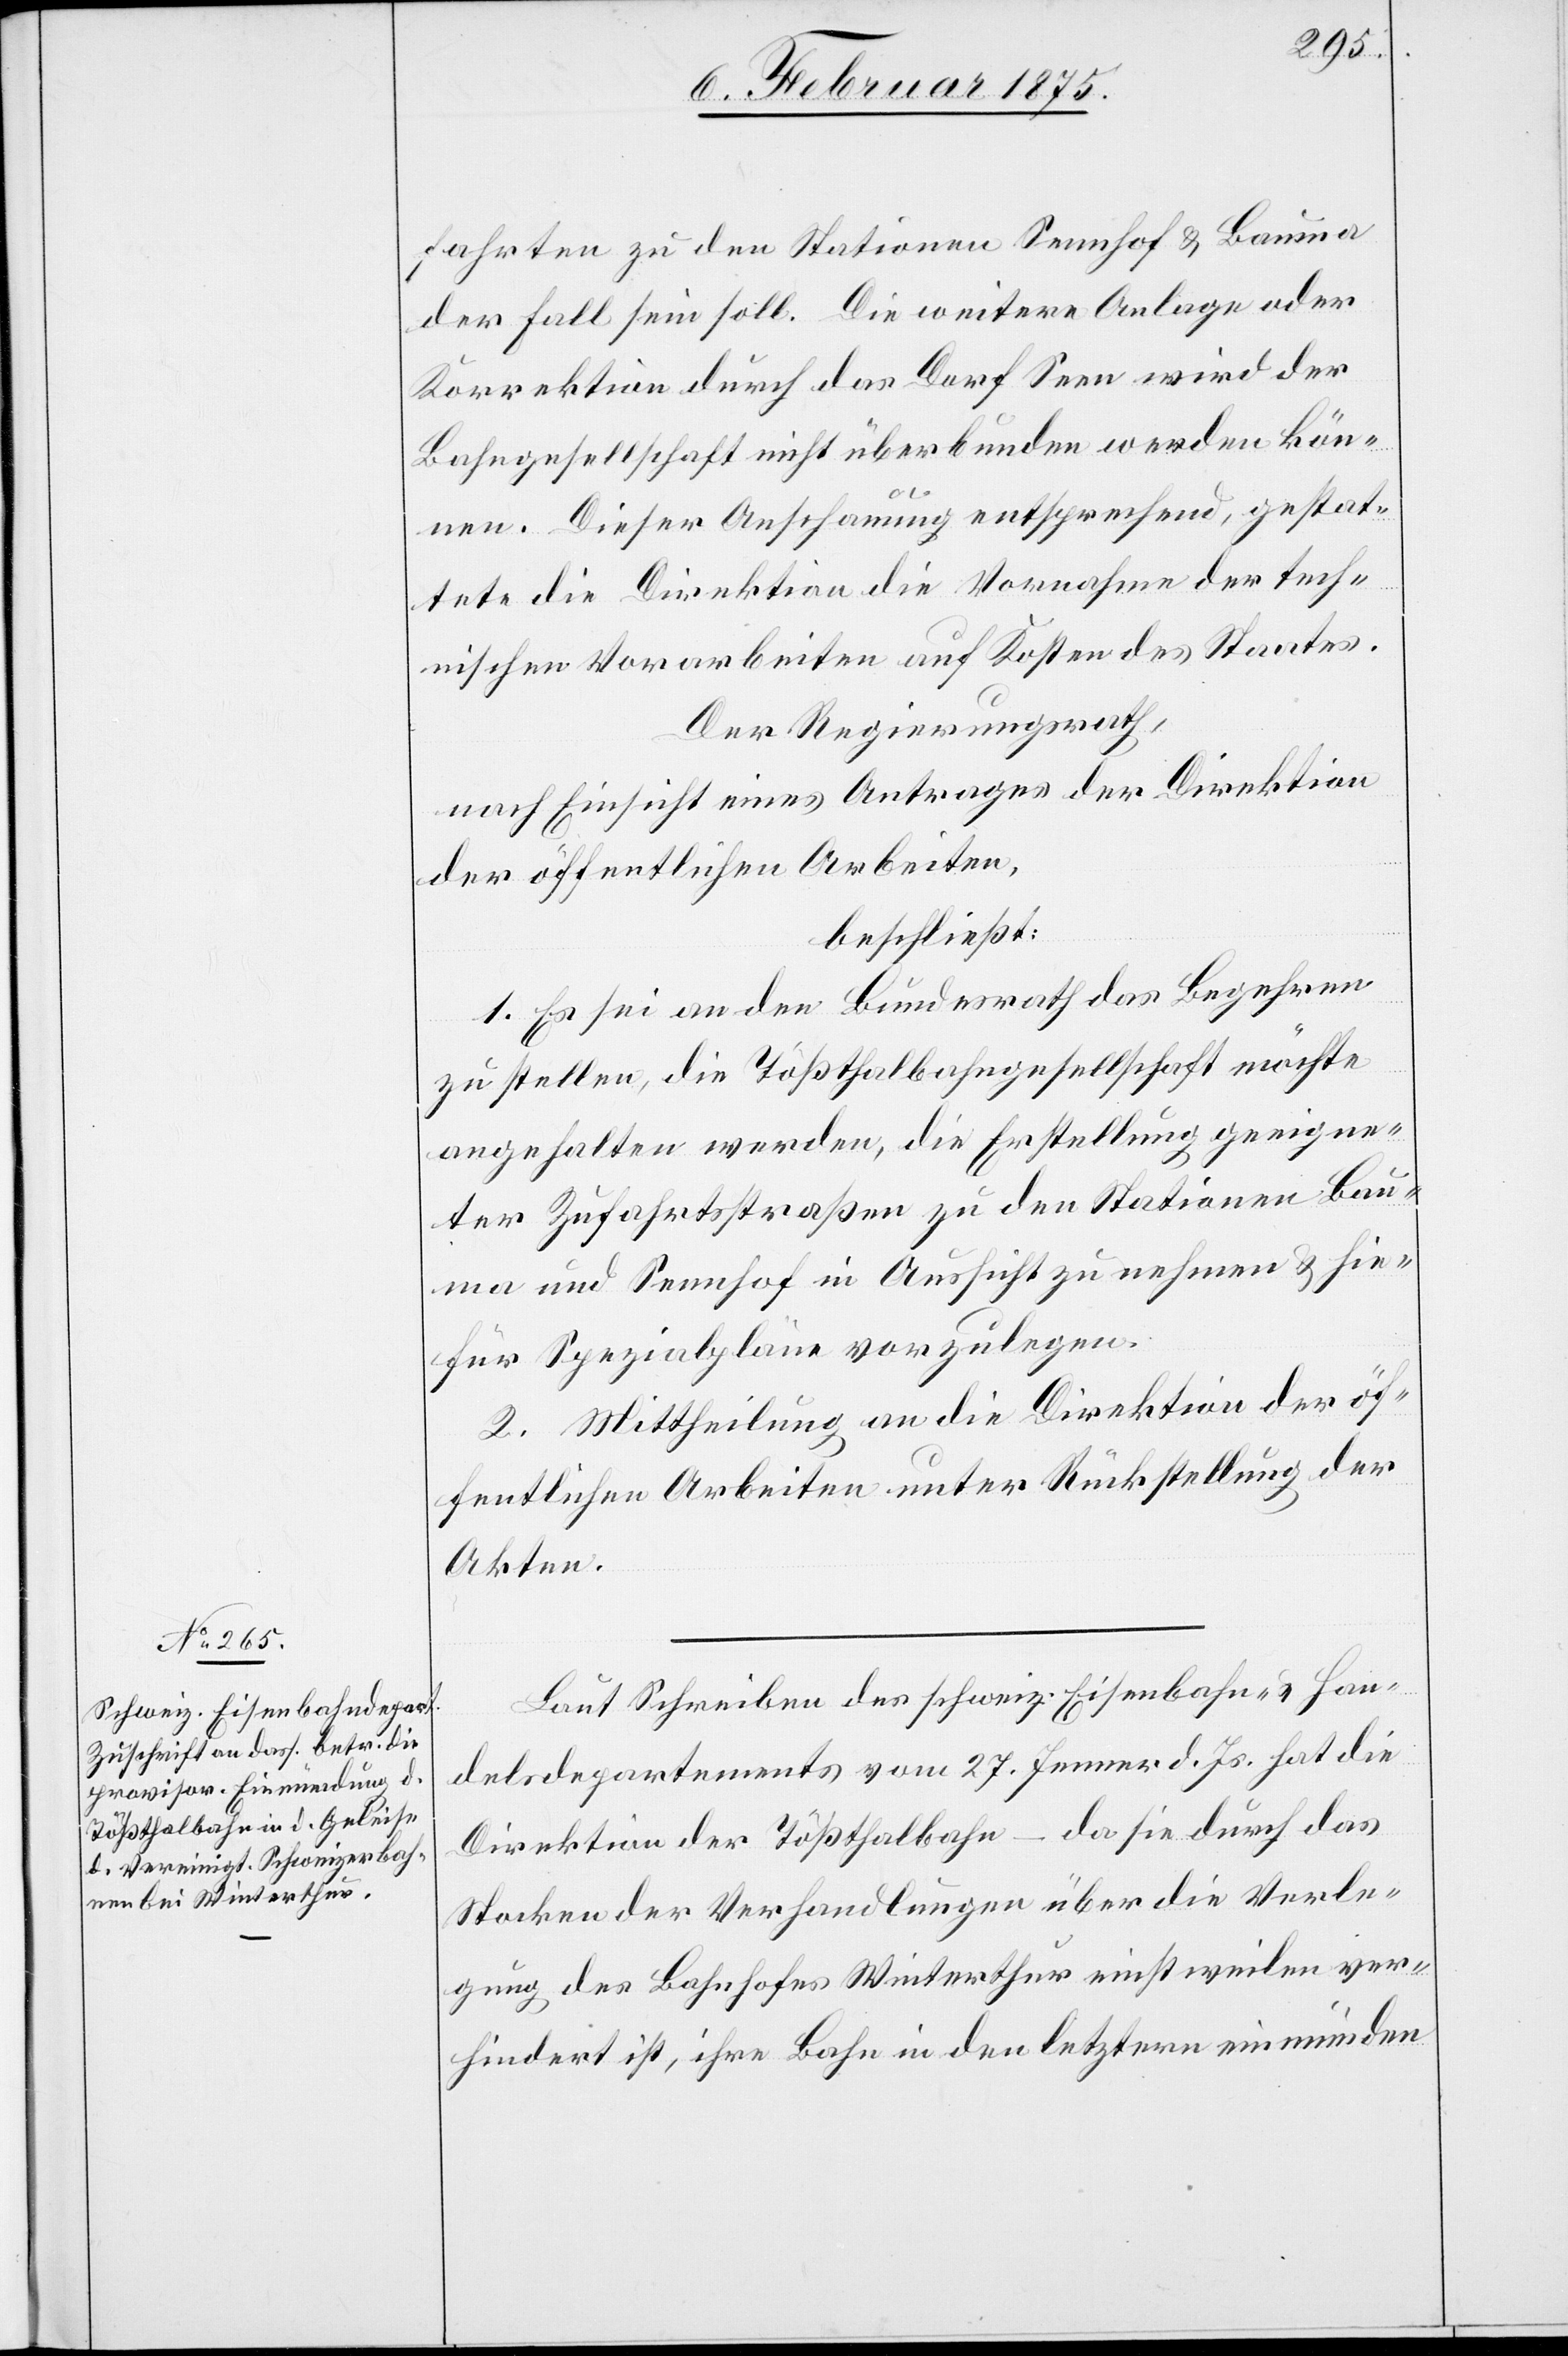
fahrten zu den Stationen Sennhof & Bauma
der Fall sein soll. Die weitere Anlage oder
Korrektion durch das Dorf Seen wird der
Bahngesellschaft nicht überbunden werden kön¬
nen. Dieser Anschauung entsprechend, gestat¬
tete die Direktion die Vornahme der tech¬
nischen Vorarbeiten und Kosten des Staates.
Der Regierungsrath,
nach Einsicht eines Antrages der Direktion
der öffentlichen Arbeiten,
beschließt:
1. Es sei an den Bundesrath das Begehren
zu stellen, die Tößthalbahngesellschaft möchte
angehalten werden, die Erstellung geeigne¬
ter Zufahrtsstraßen zu den Stationen Bau¬
ma und Sennhof in Aussicht zu nehmen & hie¬
für Spezialpläne vorzulegen.
2. Mittheilung an die Direktion der öf¬
fentlichen Arbeiten unter Rückstellung der
Akten.
Laut Schreiben des schweiz. Eisenbahn- & Han¬
delsdepartements vom 27. Jenner d. Js. hat die
Direktion der Tößthalbahn – da sie durch das
Stocken der Verhandlungen über die Verle¬
gung des Bahnhofes Winterthur einstweilen ver¬
hindert ist, ihre Bahn in den letztern einmünden